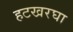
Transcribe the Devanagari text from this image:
हटखरघा